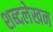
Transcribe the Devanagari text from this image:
शब्दलेखन